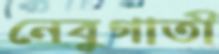
নেবুগাতী